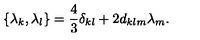
\{ { \lambda } _ { k } , { \lambda } _ { l } \} = \frac { 4 } { 3 } { \delta } _ { k l } + 2 d _ { k l m } { \lambda } _ { m } .